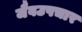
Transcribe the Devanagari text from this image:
जैवउपचार